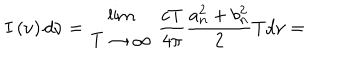
LaTeX: I \left( \nu \right) d \nu = { { \lim } \atop { T \to \infty } } ~ \frac { c T } { 4 \pi } \frac { a _ { n } ^ { 2 } + b _ { n } ^ { 2 } } { 2 } T d \nu =